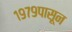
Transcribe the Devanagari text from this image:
१९७९पासून